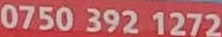
0750 392 1272